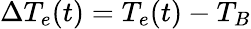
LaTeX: \Delta T_{e}(t)=T_{e}(t)-T_{B}